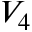
V _ { 4 }